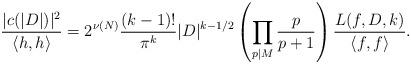
LaTeX: \begin{align*} \frac{|c(|D|)|^2}{\langle h, h \rangle} = 2^{\nu(N)}\frac{(k-1)!}{\pi^k}|D|^{k-1/2}\left(\prod_{p\mid M}\frac{p}{p+1}\right)\frac{L(f,D,k)}{\langle f,f\rangle}. \end{align*}